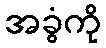
အခွံကို